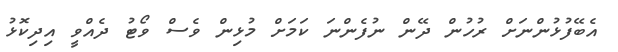
އެބޭފުޅުންނަށް ރުހުން ދޭން ނުފެންނަ ކަމަށް މުޅިން ވެސް ވޯޓު ދެއްވީ އިދިކޮޅު